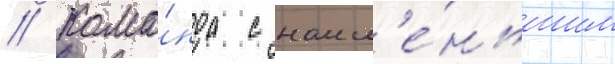
// Кома́нда с наим'е́ньшим